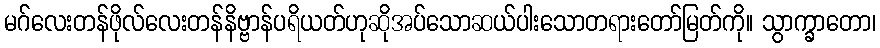
မဂ်လေးတန်ဖိုလ်လေးတန်နိဗ္ဗာန်ပရိယတ်ဟုဆိုအပ်သောဆယ်ပါးသောတရားတော်မြတ်ကို။ သွာက္ခာတော၊